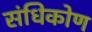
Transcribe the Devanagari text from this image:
संधिकोण